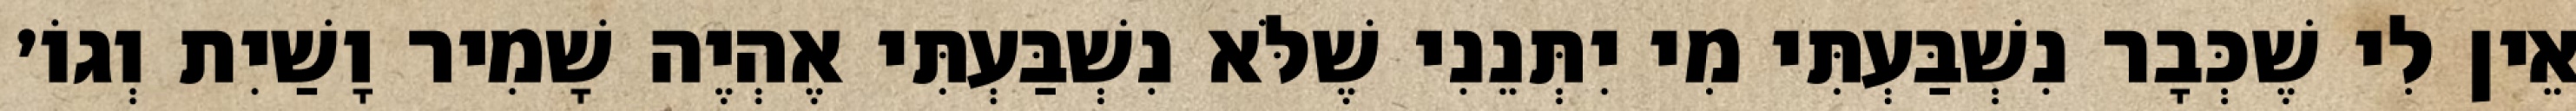
אֵין לִי שֶׁכְּבָר נִשְׁבַּעְתִּי מִי יִתְּנֵנִי שֶׁלֹּא נִשְׁבַּעְתִּי אֶהְיֶה שָׁמִיר וָשַׁיִת וְגוֹ׳